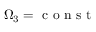
\Omega _ { 3 } = \mathrm { ~ c ~ o ~ n ~ s ~ t ~ }